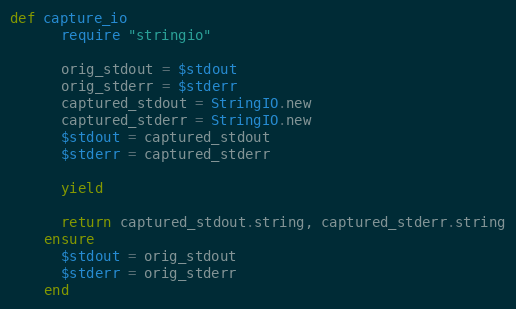
Language: Ruby
def capture_io
      require "stringio"

      orig_stdout = $stdout
      orig_stderr = $stderr
      captured_stdout = StringIO.new
      captured_stderr = StringIO.new
      $stdout = captured_stdout
      $stderr = captured_stderr

      yield

      return captured_stdout.string, captured_stderr.string
    ensure
      $stdout = orig_stdout
      $stderr = orig_stderr
    end